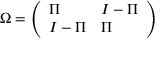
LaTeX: \Omega = \left( \begin{array} { l l } { { \Pi } } & { { I - \Pi } } \\ { { I - \Pi } } & { { \Pi } } \end{array} \right)